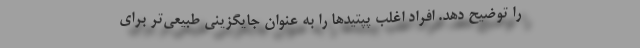
را توضیح دهد. افراد اغلب پپتیدها را به عنوان جایگزینی طبیعی‌تر برای